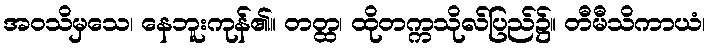
အဝသိမှသေ၊ နေဘူးကုန်၏။ တတ္ထ၊ ထိုတက္ကသိုလ်ပြည်၌။ တီမီသိကာယံ၊